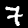
Digit: 7